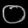
Digit: ၀